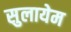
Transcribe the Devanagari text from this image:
सुलायेम